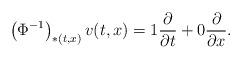
LaTeX: \begin{align*}\left( \Phi^{-1} \right)_{\ast (t, x)} v(t, x) = 1\dfrac{\partial }{\partial t}+0\dfrac{\partial}{\partial x}.\end{align*}